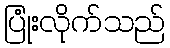
ပြုံးလိုက်သည်